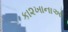
કા૨ખાનાઓ